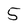
Character: 5